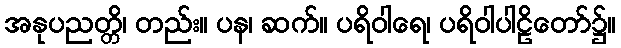
အနုပညတ္တိ၊ တည်း။ ပန၊ ဆက်။ ပရိဝါရေ၊ ပရိဝါပါဠိတော်၌။